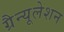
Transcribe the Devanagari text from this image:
ग्रैन्यूलेशन